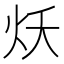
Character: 𱪭